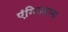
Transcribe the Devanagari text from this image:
एंग्लिकाना